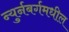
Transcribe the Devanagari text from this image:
न्युर्नबर्गमधील